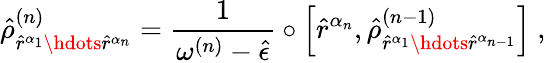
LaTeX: \hat{\rho}_{\hat{r}^{\alpha_{1}}\hdots\hat{r}^{\alpha_{n}}}^{(n)}=\frac{1}{\omega^{(n)}-\hat{\epsilon}}\circ\left[\hat{r}^{\alpha_{n}},\hat{\rho}_{\hat{r}^{\alpha_{1}}\hdots\hat{r}^{\alpha_{n-1}}}^{(n-1)}\right]\mathrm{~,~}